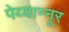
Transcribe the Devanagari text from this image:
पेय्यान्‍नूर